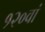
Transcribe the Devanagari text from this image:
१२०वां